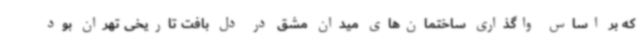
که بر اساس واگذاری ساختمان‌های میدان مشق در دل بافت تاریخی تهران بود